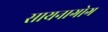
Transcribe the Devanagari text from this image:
सायनागोग